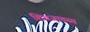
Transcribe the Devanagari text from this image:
शिवजातस्य